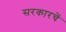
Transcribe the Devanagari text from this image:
सरकारचें